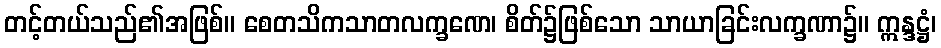
တင့်တယ်သည်၏အဖြစ်။ စေတသိကသာတလက္ခဏေ၊ စိတ်၌ဖြစ်သော သာယာခြင်းလက္ခဏာ၌။ ဣန္ဒဋ္ဌံ၊